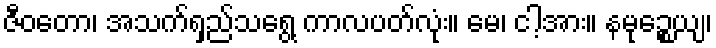
ဇီဝတော၊ အသက်ရှည်သရွေ့ ကာလပတ်လုံး။ မေ၊ ငါ့အား။ နမုဉ္စေယျ၊